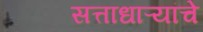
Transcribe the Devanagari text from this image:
सत्ताधाऱ्यांचे